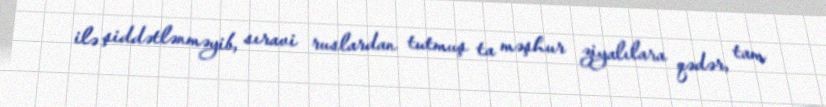
ilə şiddətlənməyib, sıravi ruslardan tutmuş ta məşhur ziyalılara qədər, tam